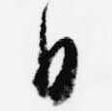
日